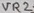
Text: VR2